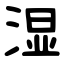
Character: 湿